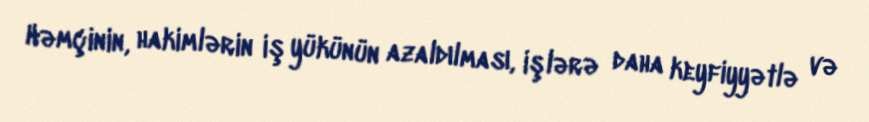
Həmçinin, hakimlərin iş yükünün azaldılması, işlərə daha keyfiyyətlə və